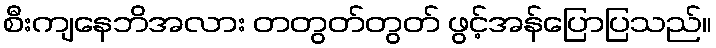
စီးကျနေဘိအလား တတွတ်တွတ် ဖွင့်အန်ပြောပြသည်။